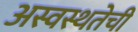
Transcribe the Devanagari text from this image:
अस्वस्थतेची